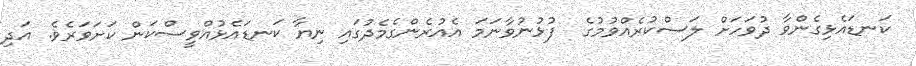
ކަނޑައެޅިގެންވާ ދުވަހަށް ލަސްކުރެއްވުމުގެ  ފުޅުނުވާނަމަ އެއުރެންގެމެދުގައި ނިޔާ ކަނޑައެޅުއްވީސްކަން ކަށަވަރެވެ. އަދި